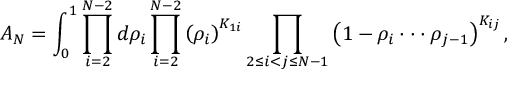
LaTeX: A _ { N } = \int _ { 0 } ^ { 1 } \prod _ { i = 2 } ^ { N - 2 } d \rho _ { i } \prod _ { i = 2 } ^ { N - 2 } \left( \rho _ { i } \right) ^ { K _ { 1 i } } \prod _ { 2 \le i < j \le N - 1 } \left( 1 - \rho _ { i } \cdot \cdot \cdot \rho _ { j - 1 } \right) ^ { K _ { i j } } ,